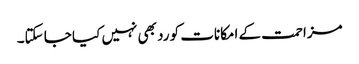
مزاحمت کے امکانات کو رد بھی نہیں کیا جا سکتا۔